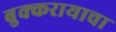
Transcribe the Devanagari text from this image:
बुक्करायाचा